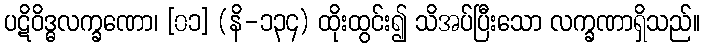
ပဋိဝိဒ္ဓလက္ခဏော၊ [၀၁] (နိ-၁၃၄) ထိုးထွင်း၍ သိအပ်ပြီးသော လက္ခဏာရှိသည်။